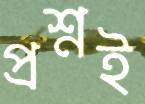
প্রশ্নই